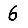
Digit: 6